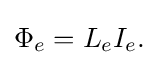
\Phi _{e}=L_{e}I_{e}.\